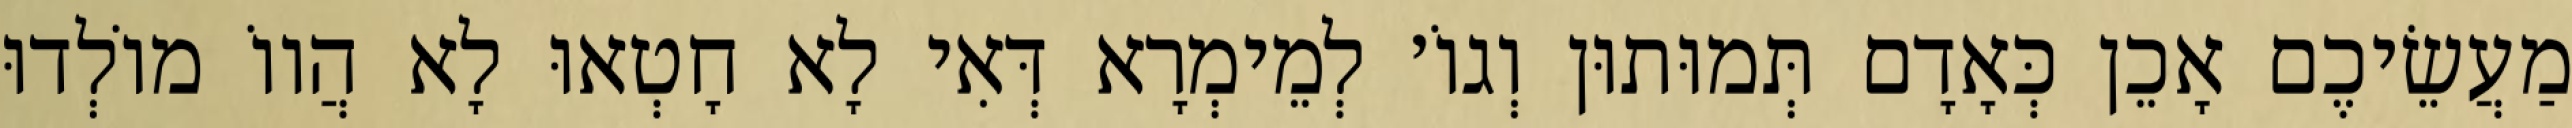
מַעֲשֵׂיכֶם אָכֵן כְּאָדָם תְּמוּתוּן וְגוֹ׳ לְמֵימְרָא דְּאִי לָא חָטְאוּ לָא הֲווֹ מוֹלְדוּ